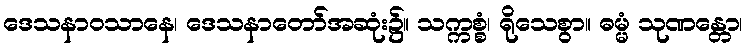
ဒေသနာဝသာနေ၊ ဒေသနာတော်အဆုံး၌။ သက္ကစ္စံ၊ ရိုသေစွာ။ ဓမ္မံ သုဏန္တော၊